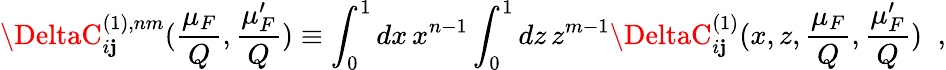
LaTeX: \DeltaC_{i\mathbf{j}}^{(1),nm}(\frac{{\mu_{F}}}{{Q}},\frac{{\mu_{F}^{\prime}}}{{Q}})\equiv\int_{0}^{1}dx\, x^{n-1}\int_{0}^{1}dz\, z^{m-1}\DeltaC_{i\mathbf{j}}^{(1)}(x,z,\frac{{\mu_{F}}}{{Q}},\frac{{\mu_{F}^{\prime}}}{{Q}})\; \; ,